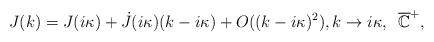
LaTeX: \begin{align*} J(k)=J(i\kappa)+\dot{J}(i\kappa)(k-i\kappa)+O((k-i\kappa)^2),k\to i\kappa,\; \; \overline{\mathbb{C}}^+,\end{align*}